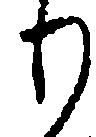
り